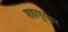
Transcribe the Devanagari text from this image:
शहापूरकर